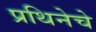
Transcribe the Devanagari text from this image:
प्रथिनेचे